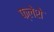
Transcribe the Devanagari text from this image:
फ्लेशे